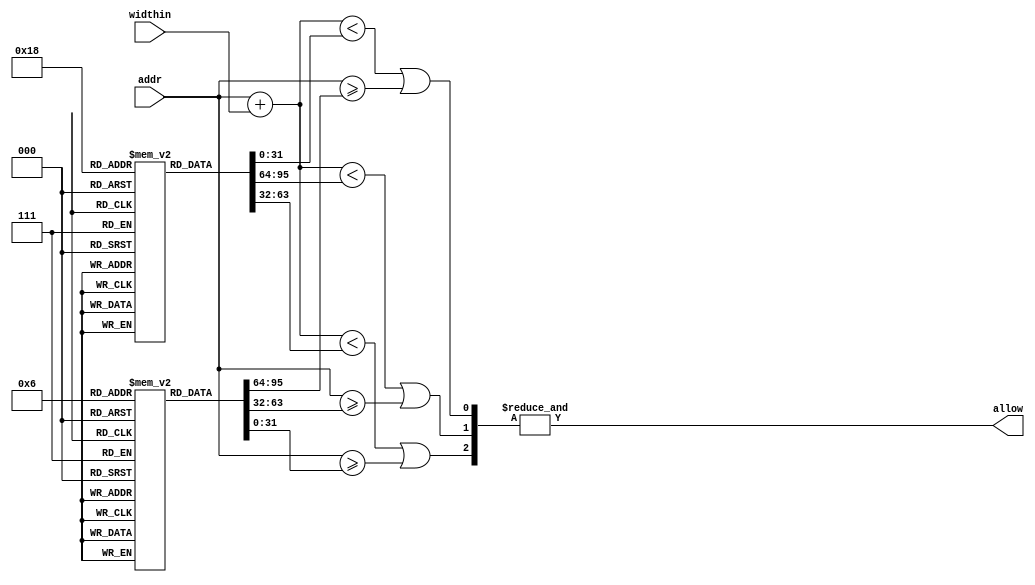
module IO_mask(
    input [31:0] addr,
    input [9:0] widthin,
    output allow// 1:yes 0:no

);
    localparam N=3;
    reg [31:0] base[0:N-1];reg [31:0]top[0:N-1];
    wire [N-1:0] allow_c;
    assign allow=&allow_c;
    initial
    begin
    base[0]=32'h1faf_0000;
    top[0]=32'h1fb0_0000;
    base[1]=32'hbfaf_0000;
    top[1]=32'hbfb0_0000;
    base[2]=32'ha000_0000;
    top[2]=32'hc000_0000;
    end
    genvar i;
    generate
    for(i=0;i<N;i=i+1)
    begin: gen_allow
    assign allow_c[i]=(addr+{22'b0,widthin}<base[i]) || (addr>=top[i]);
    end
    endgenerate
endmodule